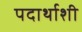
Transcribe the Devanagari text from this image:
पदार्थाशी